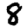
Digit: 8